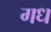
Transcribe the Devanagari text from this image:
गध